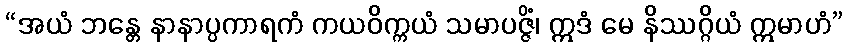
“အယံ ဘန္တေ နာနာပ္ပကာရကံ ကယဝိက္ကယံ သမာပဇ္ဇိံ၊ ဣဒံ မေ နိဿဂ္ဂိယံ ဣမာဟံ”